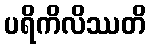
ပရိကိလိဿတိ